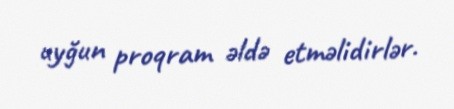
uyğun proqram əldə etməlidirlər.